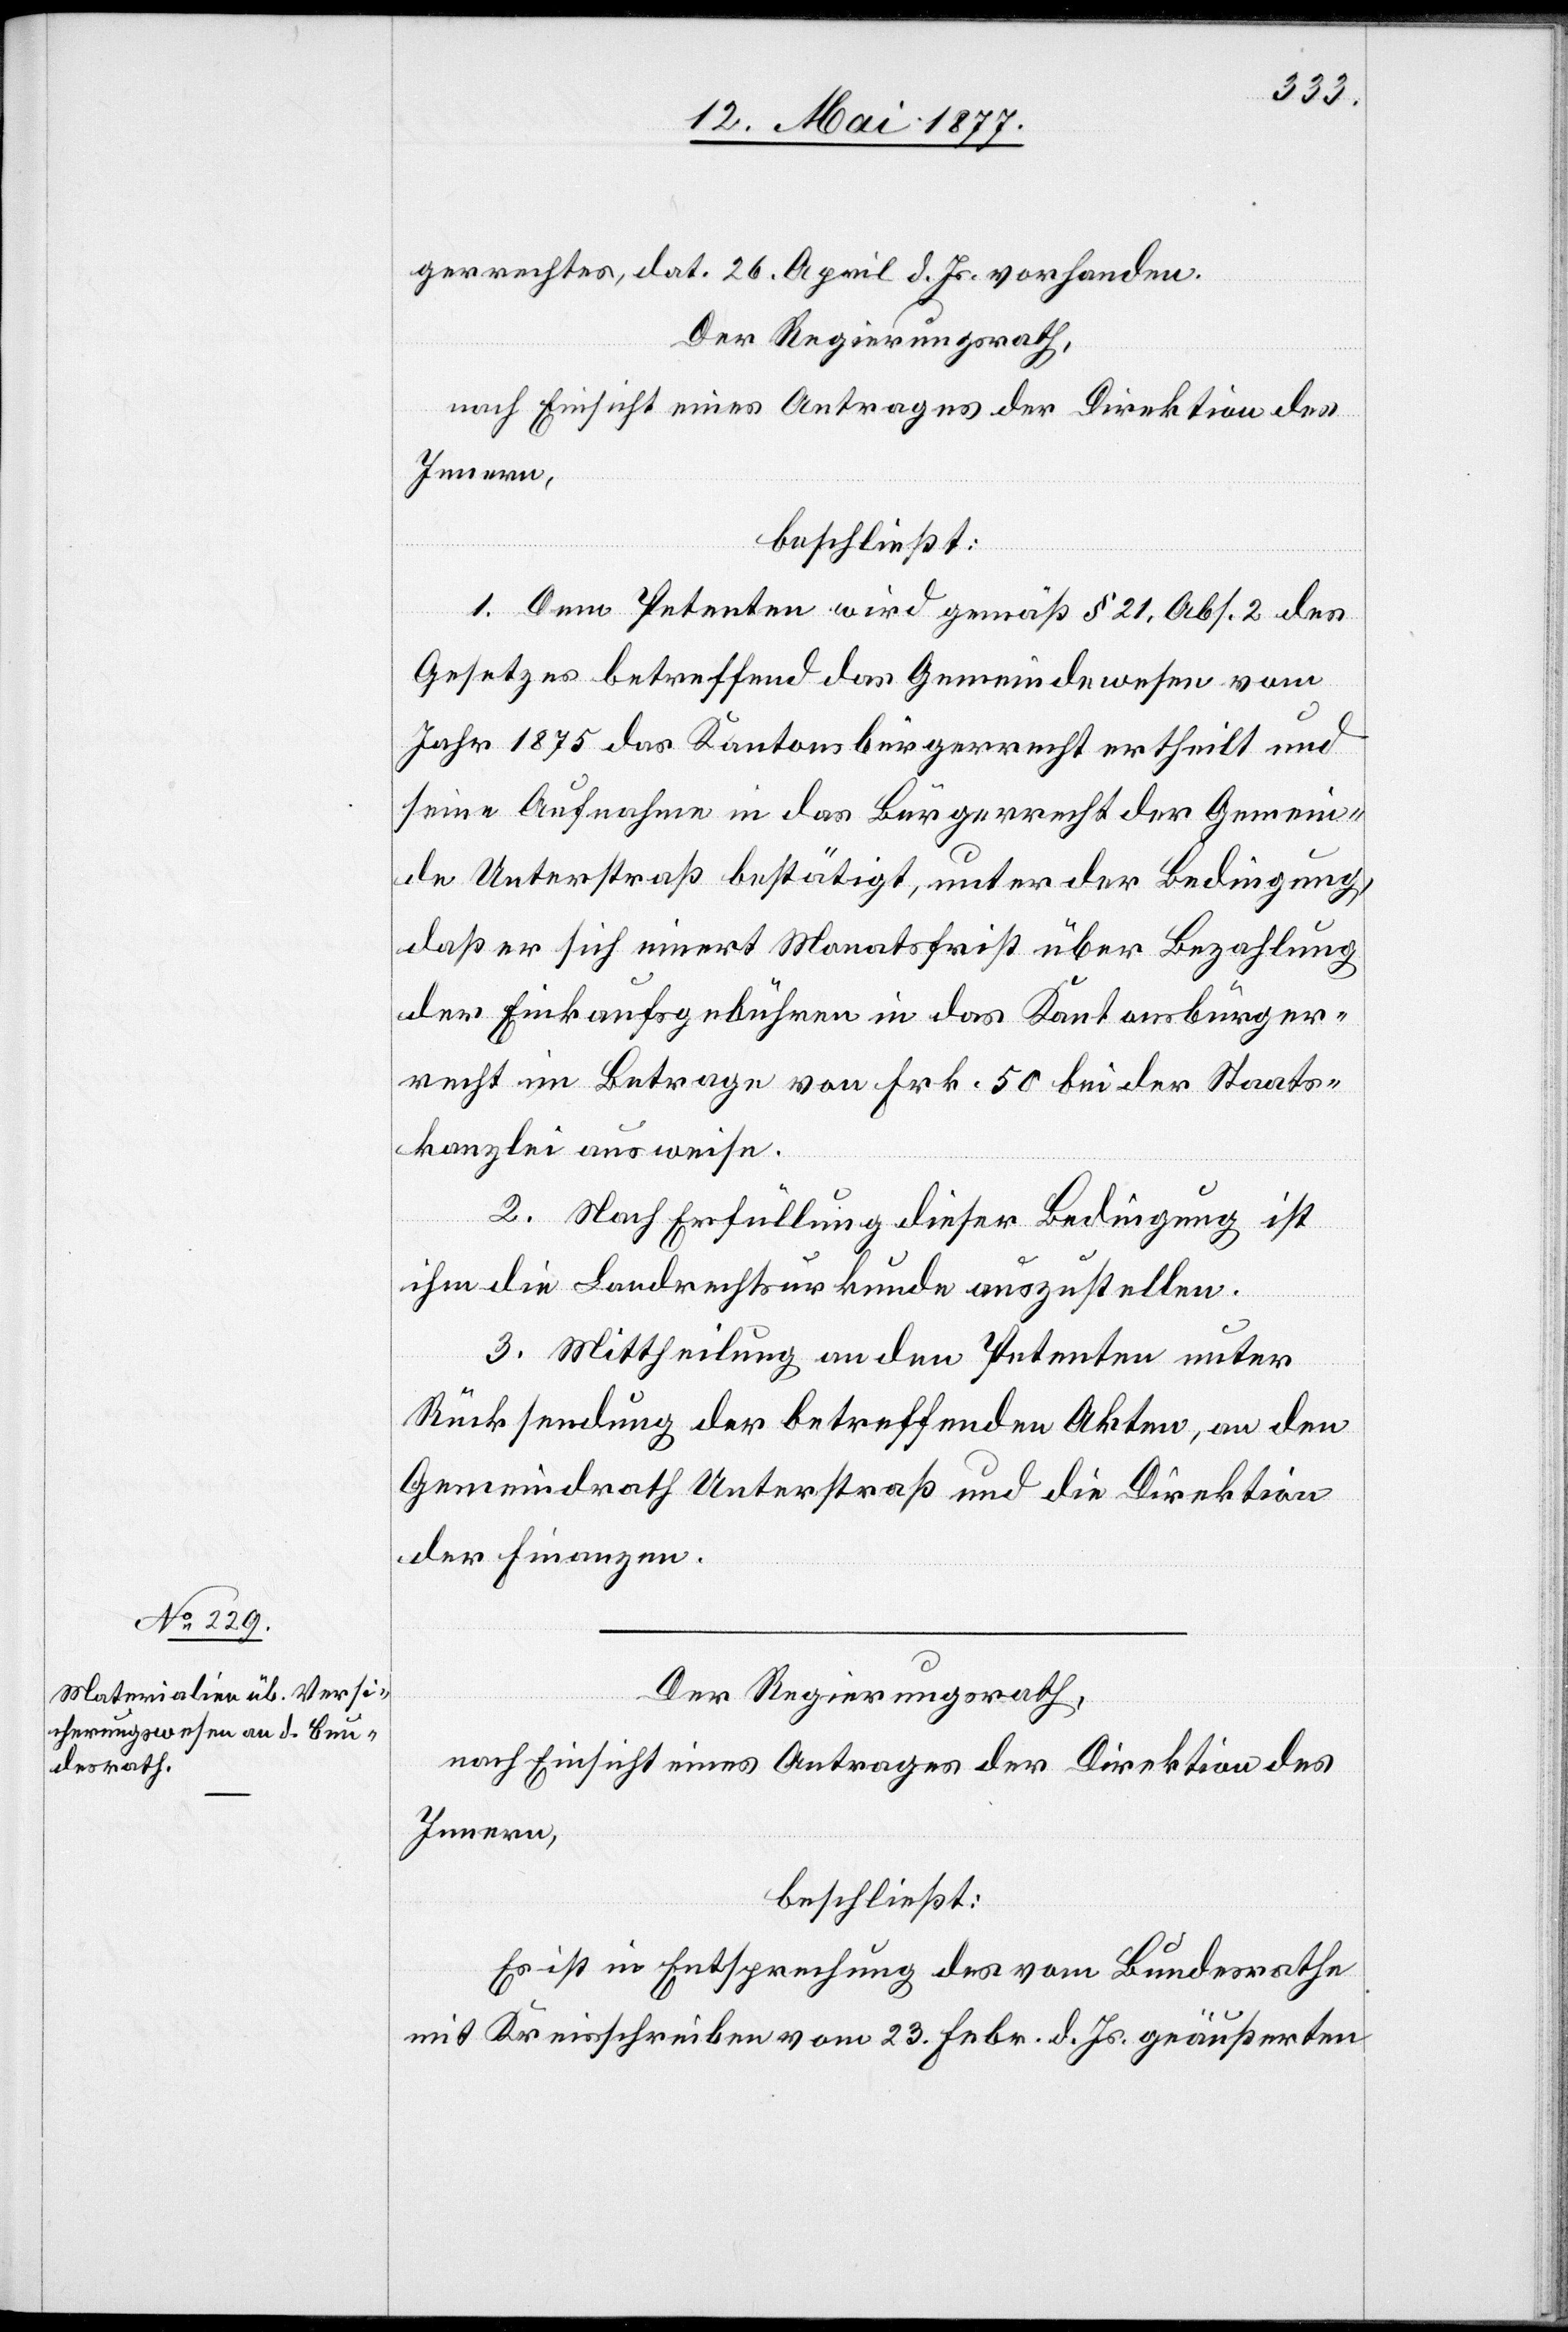
gerrechtes, dat. 26 April d. Js. vorhanden.
Der Regierungsrath,
nach Einsicht eines Antrages der Direktion des
Innern,
beschließt:
1. Dem Petenten wird gemäß § 21, Abs. 2 des
Gesetzes betreffend das Gemeindewesen vom
Jahr 1875 das Kantonsbürgerrecht ertheilt und
seine Aufnahme in das Bürgerrecht der Gemein¬
de Unterstraß bestätigt, unter der Bedingung
daß er sich innert Monatsfrist über Bezahlung
der Einkaufsgebühren in das Kantonsbürger¬
recht im Betrage von Frk. 50 bei der Staats¬
kanzlei ausweise.
2. Nach Erfüllung dieser Bedingung ist
ihm die Landrechtsurkunde auszustellen.
3. Mittheilung an den Petenten unter
Rücksendung der betreffenden Akten, an den
Gemeindrath Unterstraß und die Direktion
der Finanzen.
Der Regierungsrath,
nach Einsicht eines Antrages der Direktion des
Innern,
beschließt:
Es ist in Entsprechung des vom Bundesrathe
mit Kreisschreiben vom 23. Febr. d. Js. geäußerten